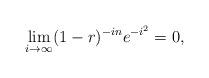
LaTeX: \begin{align*}\lim_{i\to\infty}(1-r)^{-in} e^{-i^2}=0,\end{align*}